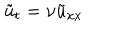
\tilde { u } _ { t } = \nu \tilde { u } _ { x x }